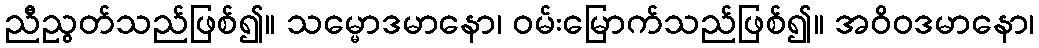
ညီညွတ်သည်ဖြစ်၍။ သမ္မောဒမာနော၊ ဝမ်းမြောက်သည်ဖြစ်၍။ အဝိဝဒမာနော၊